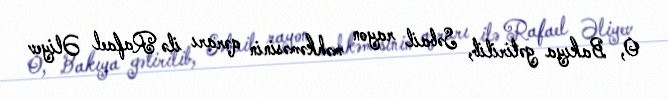
O, Bakıya gətirilib, Səbail rayon məhkəməsinin qərarı ilə Rafael Əliyev